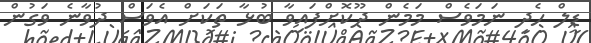
ޑީލް ހެދި ނަމަވެސް މަމެން ދޫކޮށްފައިވާ ބުޅާ ތަކަށް އެވަސް ދުވާނެ ވަގުން